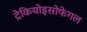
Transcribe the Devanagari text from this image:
ट्रेकियोइसोफेगल